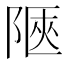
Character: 陿